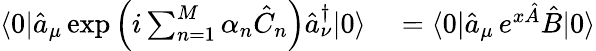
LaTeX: \begin{array}{rl}{\langle 0|\hat{a}_{\mu}\exp\left(i\sum_{n=1}^{M}\alpha_{n}\hat{C}_{n}\right)\hat{a}_{\nu}^{\dagger}|0\rangle}&{{}=\langle 0|\hat{a}_{\mu}\, e^{x\hat{A}}\hat{B}|0\rangle}\end{array}